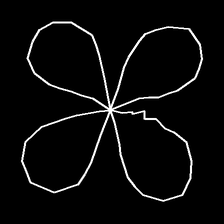
Glyph: billowing